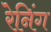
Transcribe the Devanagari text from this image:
रेनिंग